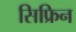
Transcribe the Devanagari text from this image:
सिफ्रिन